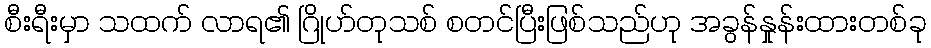
စီးရီးမှာ သထက် လာရ၏ ဂြိုဟ်တုသစ် စတင်ပြီးဖြစ်သည်ဟု အခွန်နှုန်းထားတစ်ခု